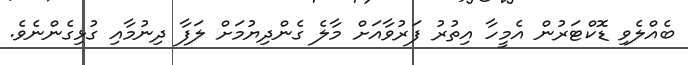
ބެއްލެވި ޑޮކްޓަރުން އެމީހާ އިތުރު ފަރުވާއަށް މާލެ ގެންދިޔުމަށް ލަފާ ދިނުމާއި ގުޅިގެންނެވެ.